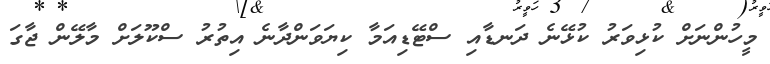
މީހުންނަށް ކުޅިވަރު ކުޅޭނެ ދަނޑާއި ސްޓޭޑިއަމާ ކިޔަވަންދާނެ އިތުރު ސްކޫލަށް މާލޭން ޖާގަ